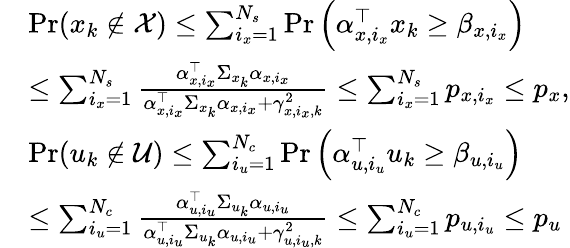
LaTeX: \begin{array}{rl}&{\operatorname*{Pr}(x_{k}\notin\mathcal{X})\leq\sum_{i_{x}=1}^{N_{s}}\operatorname*{Pr}\left(\alpha_{x,i_{x}}^{\top}x_{k}\geq\beta_{x,i_{x}}\right)}\\ &{\leq\sum_{i_{x}=1}^{N_{s}}\frac{\alpha_{x,i_{x}}^{\top}\Sigma_{x_{k}}\alpha_{x,i_{x}}}{\alpha_{x,i_{x}}^{\top}\Sigma_{x_{k}}\alpha_{x,i_{x}}+\gamma_{x,i_{x},k}^{2}}\leq\sum_{i_{x}=1}^{N_{s}}p_{x,i_{x}}\leq p_{x},}\\ &{\operatorname*{Pr}(u_{k}\notin\mathcal{U})\leq\sum_{i_{u}=1}^{N_{c}}\operatorname*{Pr}\left(\alpha_{u,i_{u}}^{\top}u_{k}\geq\beta_{u,i_{u}}\right)}\\ &{\leq\sum_{i_{u}=1}^{N_{c}}\frac{\alpha_{u,i_{u}}^{\top}\Sigma_{u_{k}}\alpha_{u,i_{u}}}{\alpha_{u,i_{u}}^{\top}\Sigma_{u_{k}}\alpha_{u,i_{u}}+\gamma_{u,i_{u},k}^{2}}\leq\sum_{i_{u}=1}^{N_{c}}p_{u,i_{u}}\leq p_{u}}\end{array}